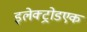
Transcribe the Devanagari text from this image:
इलेक्ट्रोडएक